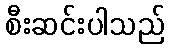
စီးဆင်းပါသည်